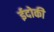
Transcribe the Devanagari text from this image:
ईदोकी